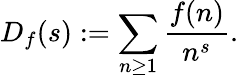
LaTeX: D_{f}(s):=\sum_{n\geq 1}{\frac{f(n)}{n^{s}}}.